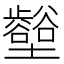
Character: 𡓼